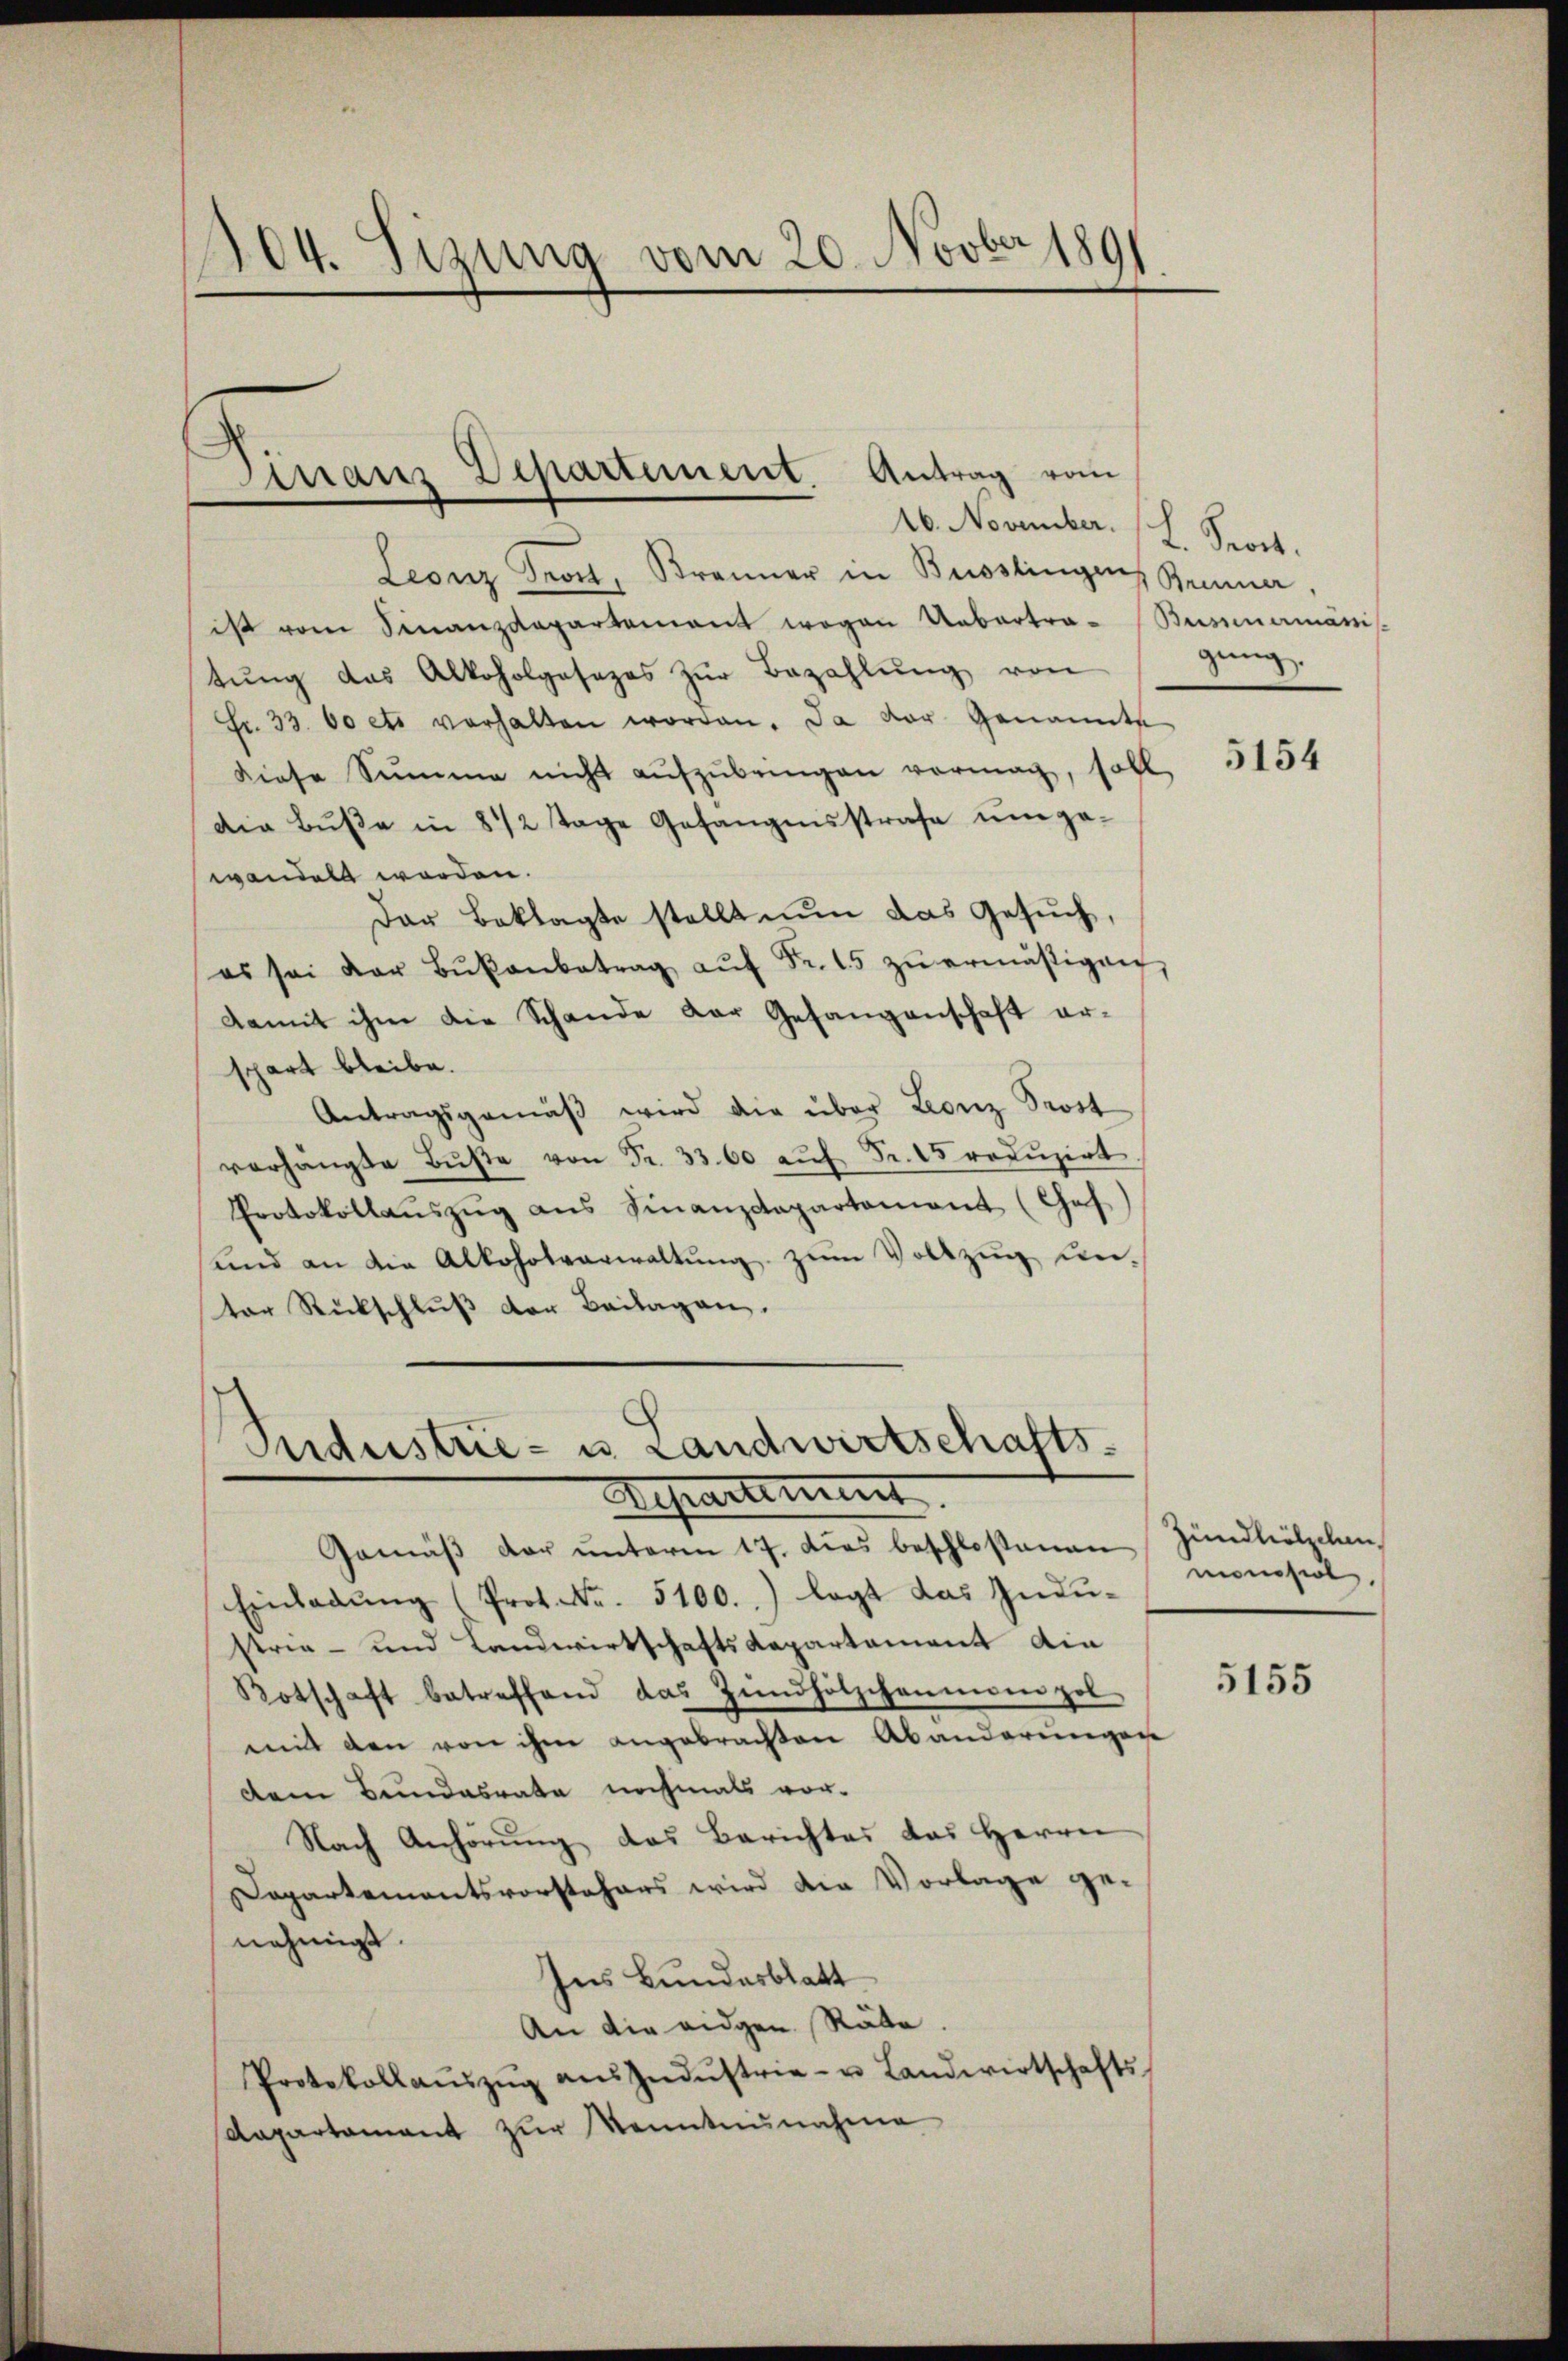
104. Sizung vom 20. Novber 189

Manz Departement Antrag vom

16. November. L. Sport.
Leonz Front, Brenner in Busslingen
ist vom Finanzdepartement wegen Uebertra- Bummermani
tŭng das Alkoholgesezes zŭr Bezahlŭng von
Fr. 33. 60 et verhalten worden. Da der Genannte
Diese Summe nicht aŭfzŭbringen vormag, soll
Die Bŭβe in 8 1/2 Tage Gefängensstrafe ŭm ge-
wandelt worden.
Der Beklagte stellt nun das Gesŭch,
es sei der Bŭβanbetrag aŭf Fr. 15 zŭ ermäßigen
damit ihm die Schande der Gefangenschaft erspart bleibe.
Antragsgemäβ wird die über Leonz Srost
verhängte Bŭβe von Fr. 3300 auf Fr. 25 reduzirt
Protokollaŭszŭg ans Finanzdepartement (Caf)
und an die Alkoholverwaltung zum Vollzug unter Rückschluß der Beilagen.

Aidustrie- u. Landwirtschafts-
Departement

Gemäβ der ŭnterm 17. dies beschloßenen
Einladung (Prot. Nr. 5100.) legt das Industren- und Landwirtschaftsdepartament die
Botschaft betreffend das Zündhölzchenmann pol
mit den von ihm angebrachten Abänderungen
dem Bundesrate nochmals vor-
Nach Anhörŭng des Berichtes das Herrn
Dapartementsvorstehers wird die Vorlage genehmigt.
Ins Bundesblatt
An die eidgen. Räte.
Protokollaŭszŭg aŭs Indŭstrie- u. Landwirtschafts-
Kapartament zur Kenntnisnahme

Brunner.
gung.

5154

Zündhölzchen
monsil.

5155